Vaccination returns of the Province of Eastern Bengal and Assam - 1905-1912
Year: 1905
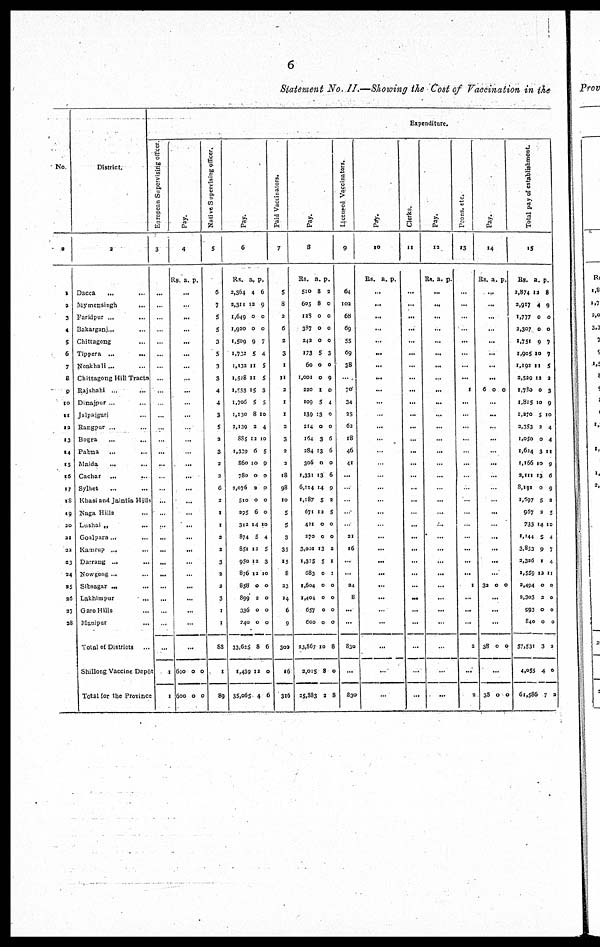
6
Statement No. II.—Showing the Cost of Vaccination in the
No.
1
1
2
3
4
5
6
7
8
9
10
11
12
13
14
15
16
17
18
19
20
21
22
23
24
25
26
27
28
District.
2
Dacca
...
...
Mymensingh
...
Faridpur ...
...
Bakarganj... ...
Chittagong
...
Tippera ...
...
Noakhali... ...
Chittagong Hill Tracts
Rajshahi ...
...
Dinajpur ... ...
Jalpaiguri ... ...
Rangpur ... ...
Bogra ... ...
Pabna
... ...
Malda
...
Cachar
... ...
Sylhet ... ...
Khasi and Jaintia Hills
Naga Hills ... ...
Lushai „ ...
Goalpara... ...
Kamrup ... ...
Darrang ... ...
Nowgong... ...
Sibsagar ... ...
Lakhimpur ... ...
Garo Hills ... ...
Manipur ...
Total of Districts
...
Shillong Vaccine Depôt
Total for the Province
Expenditure.
European Supervising officcr
3
...
...
...
...
...
...
...
...
...
...
...
...
...
...
...
...
...
...
...
...
...
...
...
...
...
...
...
...
...
1
1
Pay.
4
Rs. a. p.
...
...
...
...
...
...
...
...
...
...
...
...
...
...
...
...
...
...
...
...
...
...
...
...
...
...
...
...
...
600
600
0
0
0
0
Native Supervising officer.
5
6
7
5
5
3
5
3
3
4
4
3
5
2
3
2
2
6
2
1
1
2
2
3
2
2
3
1
1
88
1
89
Pay.
6
Rs.
2,364
2,311
1,649
1,920
1,509
1,722
1,132
1,528
1,553
1,706
1,130
2,139
885
1,339
860
780
2,076
510
295
312
874
851
950
876
858
899
336
240
33,625
1,439
35,065
a.
4
12
0
0
9
5
11
11
15
5
8
2
12
6
10
0
2
0
6
14
5
12
12
12
0
2
0
0
8
12
4
p.
6
9
0
0
7
4
5
5
3
5
10
4
10
5
9
0
0
0
0
10
4
5
3
10
0
0
0
0
6
0
6
Paid Vaccinators.
7
5
8
2
6
2
3
11
2
1
1
2
3
2
2
18
98
10
5
5
3
35
15
8
23
14
6
9
302
16
316
Pay.
8
Rs.
510
605
128
387
242
173
60
1,001
220
109
139
214
164
284
306
1,331
6,114
1,187
671
421
270
3,001
1,375
683
1,604
1,404
657
600
23,867
2,015
25,383
a.
8
8
0
0
0
5
0
0
1
5
13
0
3
13
0
13
14
5
12
0
0
13
5
0
0
0
0
0
10
8
2
p.
3
0
0
0
0
3
0
9
0
4
0
0
6
6
0
6
9
2
5
0
0
2
1
1
0
0
0
0
8
0
8
Licensed Vaccinators.
9
64
102
68
69
55
69
38
...
70
34
25
62
18
46
41
...
...
...
...
...
21
16
...
...
24
8
...
...
830
...
830
Pay.
10
Rs. a. p.
...
...
...
...
...
...
...
...
...
...
...
...
...
...
...
...
...
...
...
...
...
...
...
...
...
...
...
...
...
...
...
Clerks.
11
...
...
...
...
...
...
...
...
...
...
...
...
...
...
...
...
...
...
...
...
...
...
...
...
...
...
...
...
...
...
...
Pay.
12
Rs. a. p.
...
...
...
...
...
...
...
...
...
...
...
...
...
...
...
...
...
...
...
...
...
...
...
...
...
...
...
...
...
...
...
Peons, etc.
13
...
...
...
...
...
...
...
...
1
...
...
...
...
...
...
...
...
...
...
...
...
...
...
...
1
...
...
...
2
...
2
Pay.
14
Rs. a. p.
...
...
...
...
...
...
...
...
6 0 0
...
...
...
...
...
...
...
...
...
...
...
...
...
...
...
32 0 0
...
...
...
38 0 0
...
38 0 0
Total pay of establishment
15
Rs.
2,874
2,917
1,777
2,307
1,751
1,905
1,192
2,520
1,780
1,815
1,270
2,353
1,050
1,624
1,166
2,111
8,191
1,697
967
733
1,144
3,853
3,326
1,559
2,494
2,303
993
840
57,531
4,055
61,586
a.
12
4
0
0
9
10
11
12
0
10
5
2
0
3
10
13
0
5
2
14
5
9
1
12
0
3
0
0
3
4
7
p.
8
9
0
0
7
7
5
2
3
9
10
4
4
11
9
6
9
2
5
10
4
7
4
11
0
0
0
0
2
0
2